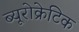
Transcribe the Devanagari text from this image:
ब्यूरोक्रेटिक